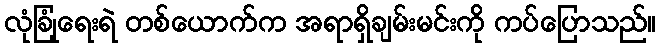
လုံခြုံရေးရဲ တစ်ယောက်က အရာရှိချမ်းမင်းကို ကပ်ပြောသည်။